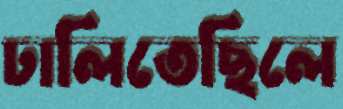
ঢালিতেছিলে